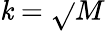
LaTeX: \mathit{k}=\sqrt{}{{M}}